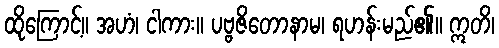
ထိုကြောင့်။ အဟံ၊ ငါကား။ ပဗ္ဗဇိတောနာမ၊ ရဟန်းမည်၏။ ဣတိ၊